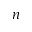
n